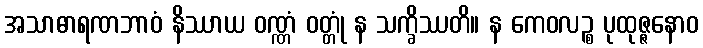
အသာဓာရဏဘာဝံ နိဿာယ ဝဏ္ဏံ ဝတ္တုံ န သက္ခိဿတိ။ န ကေဝလဉ္စ ပုထုဇ္ဇနောဝ